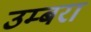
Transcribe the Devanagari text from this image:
उम्बरा